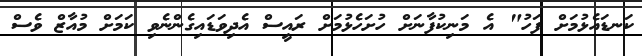
ކަނޑައެޅުމަށް ފަހު" އެ މަނިކުފާނަށް ހުށަހެޅުމަށް ރައީސް އެދިވަޑައިގެންނެވި ކަމަށް މުއާޒް ވެސް